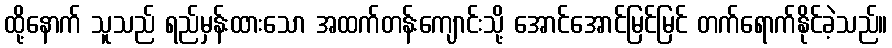
ထို့နောက် သူသည် ရည်မှန်းထားသော အထက်တန်းကျောင်းသို့ အောင်အောင်မြင်မြင် တက်ရောက်နိုင်ခဲ့သည်။